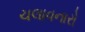
ચલાવનારો